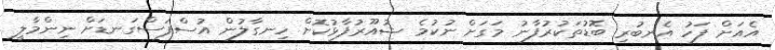
އެއަށް ފަހު އެނބުރި ބޮޑުތަކުރުފާނު މަގަށް ނުކުމެ ޝުއޫރުފާޅުކޮށް ހިނގާލުން އުސްފަސްގަނޑަށް ނިންމާލީ